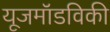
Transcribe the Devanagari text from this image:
यूजमॉडविकी